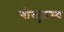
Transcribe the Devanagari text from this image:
गोकुलस्थ